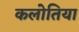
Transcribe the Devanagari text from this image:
कलोतिया